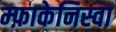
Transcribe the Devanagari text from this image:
म्फ़ाकेनिस्वा